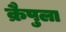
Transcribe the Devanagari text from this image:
क्रैपुला